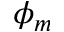
\phi _ { m }